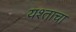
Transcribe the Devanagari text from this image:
यश्ताचा